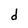
Character: d